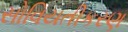
સોવિયતીકરણ